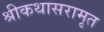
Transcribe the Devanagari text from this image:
श्रीकथासरामृत